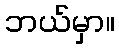
ဘယ်မှာ။